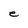
Character: e